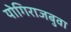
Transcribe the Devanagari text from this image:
योगिराजबुवा